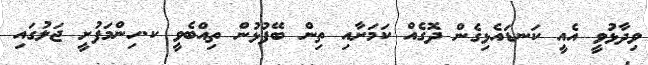
ވިދާޅުވީ އެއީ ކަނޑައެޅިގެން ދޮގެއް ކަމަށާއި ތިން ބޭފުޅުން ތިއްބެވީ ކ.ހިންމަފުށީ ޖަލުގައި